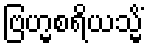
ဗြဟ္မစရိယသ္မိံ